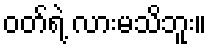
ဝတ်ရဲ့ လားမသိဘူး။